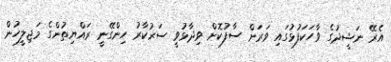
އެރޭ ނަޝީދުގެ ވާހަކަފުޅުގައި ވަރަށް ސާފުކޮށް ވިދާޅުވީ ސަރުކާރު ހިންގޭނީ ރައްޔިތުންގެ މަޖިލީހުން